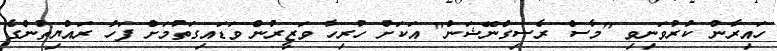
ހައިރާން ކުރުވަނިވި "މާސް ރެސިގްނޭޝަން" އަކަށް ހުރިހާ ވަޒީރުން ވަޑައިގަތުމަށް ފަހު ރައްޔިތުންގެ